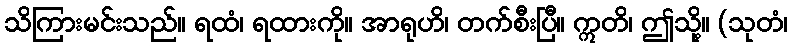
သိကြားမင်းသည်။ ရထံ၊ ရထားကို။ အာရုဟိ၊ တက်စီးပြီ။ ဣတိ၊ ဤသို့။ (သုတံ၊